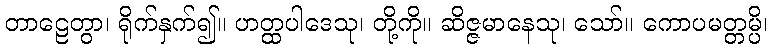
တာဠေတွာ၊ ရိုက်နှက်၍။ ဟတ္ထပါဒေသု၊ တို့ကို။ ဆိဇ္ဇမာနေသု၊ သော်။ ကောပမတ္တမ္ပိ၊